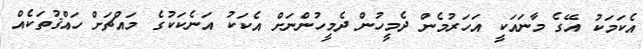
އެކަމަކު އޭގެ މާނައަކީ އަހަރުމެން ދެމީހުން ދެމީހުންނަށް އެކަކު އަނެކަކުގެ މައްޗަށް ހައްޤުތަކެއް